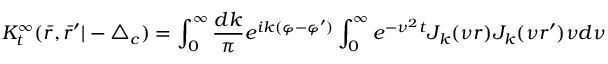
K _ { t } ^ { \infty } ( \bar { r } , \bar { r } ^ { \prime } | - \triangle _ { c } ) = \int _ { 0 } ^ { \infty } \frac { d k } { \pi } e ^ { i k ( \varphi - \varphi ^ { \prime } ) } \int _ { 0 } ^ { \infty } e ^ { - \nu ^ { 2 } t } J _ { k } ( \nu r ) J _ { k } ( \nu r ^ { \prime } ) \nu d \nu